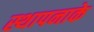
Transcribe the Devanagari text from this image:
स्थापनाके